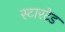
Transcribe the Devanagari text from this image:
स्टारटेड